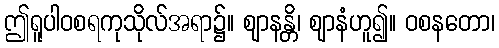
ဤရူပါဝစရကုသိုလ်အရာ၌။ ဈာနန္တိ၊ ဈာနံဟူ၍။ ဝစနတော၊